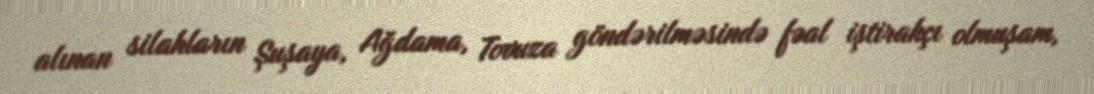
alınan silahların Şuşaya, Ağdama, Tovuza göndərilməsində fəal iştirakçı olmuşam,